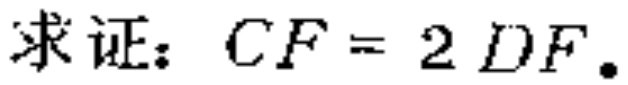
求证：$CF = 2DF.$